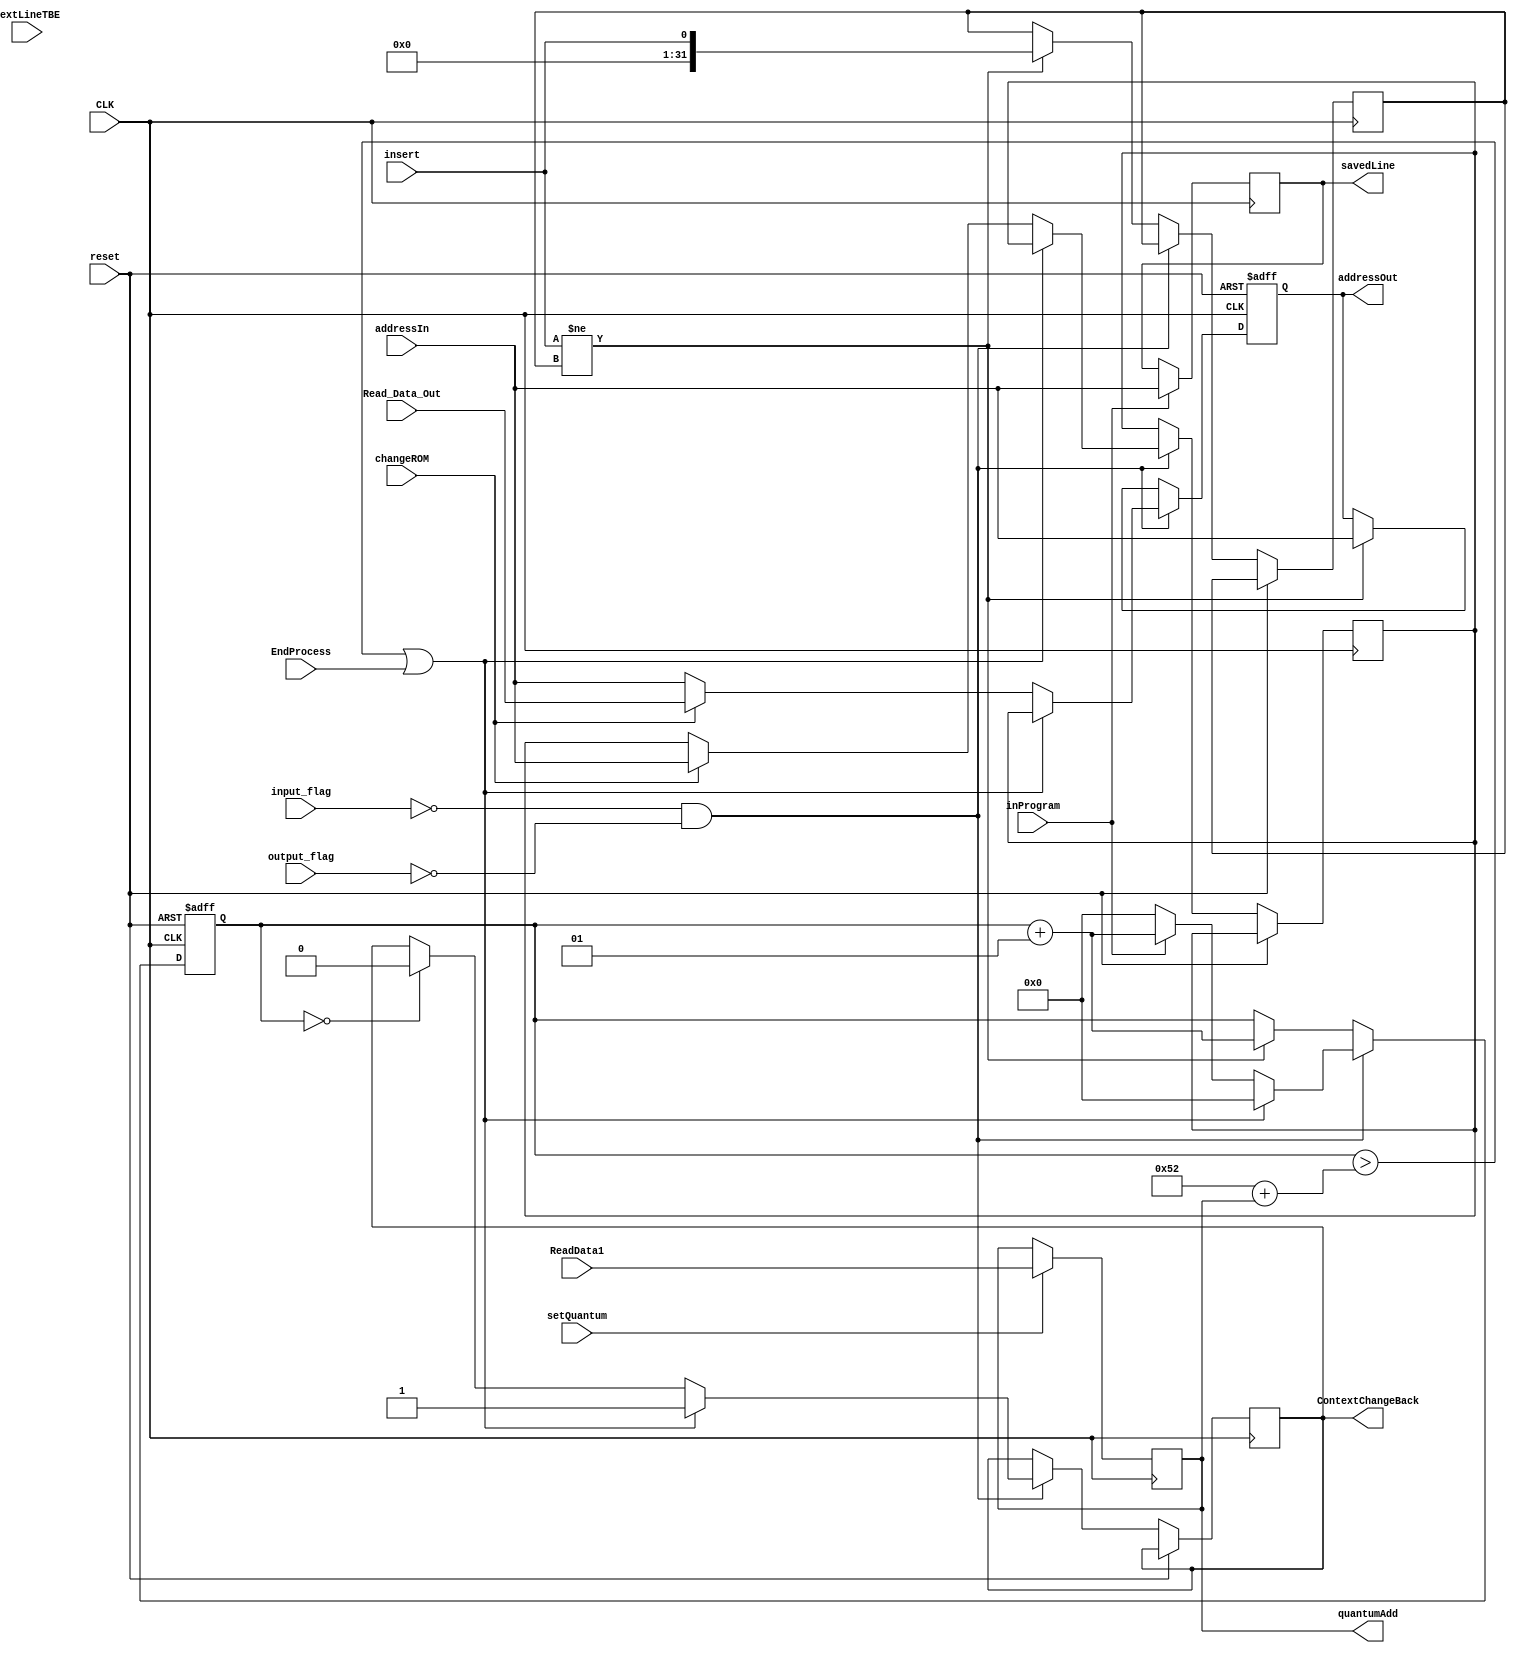
module PC(CLK,reset,input_flag, output_flag, insert,
addressIn, inProgram,addressOut, ContextChangeBack,
NextLineTBE,savedLine, changeROM, Read_Data_Out, EndProcess, setQuantum, ReadData1, quantumAdd);
	
	input CLK, reset, input_flag, output_flag, insert;
	input [31:0] addressIn;
	input inProgram;
	output reg [31:0] addressOut;
	output reg ContextChangeBack;
	input [1:0] NextLineTBE;
	output reg [31:0] savedLine;
	input changeROM;
	input [31:0] Read_Data_Out;
	
	integer lastinsert = 0;
	integer instcount = 0;
	reg [31:0] nextSoInst;
	input EndProcess;
	input setQuantum;
	input [31:0] ReadData1;
	output reg [31:0] quantumAdd;


	
	always@(negedge CLK)
	begin
		if(inProgram)begin
			savedLine = addressIn;
		end
		if(setQuantum)begin
			quantumAdd <= ReadData1;
		end
	end 
	always@(posedge CLK or posedge reset)
	begin
		if (reset) begin
			instcount  <= 0;
			addressOut <= 0;
		end
		else if(!input_flag && !output_flag)begin
			if (instcount > 50 + 32 + quantumAdd || EndProcess)begin
				ContextChangeBack <= 1;
				addressOut <= nextSoInst;
				instcount  <= 0;
			end
			else begin
				if (instcount == 0) ContextChangeBack <= 0;
				instcount <= instcount + 1;
				addressOut <= addressIn;
				if (!inProgram)begin
					instcount <= 0;
				end
				if(changeROM)begin
					nextSoInst <= addressIn;
					addressOut <= Read_Data_Out;
				end
			end
		end
		else if(insert != lastinsert)begin
			addressOut <= addressIn;
			instcount <= instcount + 1;
			lastinsert <= insert;
		end
	end
endmodule